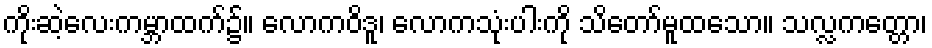
ကိုးဆဲ့လေးကမ္ဘာထက်၌။ လောကဝိဒူ၊ လောကသုံးပါးကို သိတော်မူထသော။ သလ္လကတ္တော၊